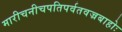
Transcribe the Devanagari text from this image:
मारीचनीचपतिपर्वतवज्रबाहोः